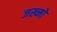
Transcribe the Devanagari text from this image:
जख्मो